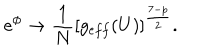
LaTeX: e ^ { \phi } \rightarrow \frac { 1 } { N } \left[ g _ { e f f } ( U ) \right] ^ { \frac { 7 - p } { 2 } } .